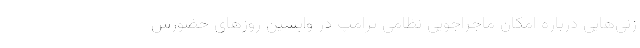
زنی‌هایی درباره امکان ماجراجویی نظامی ترامپ در واپسین روزهای حضورش